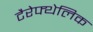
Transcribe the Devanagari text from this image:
टैरेफ्थेलिक